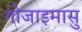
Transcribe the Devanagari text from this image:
गोजाइमासु